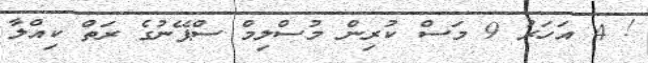
! 4 އަހަރު 9 މަސް ކުރިން މުސްލިމް ސްޕޭނުގެ ރަތް ކިއްލާ